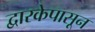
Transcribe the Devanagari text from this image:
द्वारकेपासून